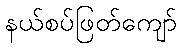
နယ်စပ်ဖြတ်ကျော်